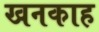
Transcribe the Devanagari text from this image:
खनकाह